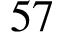
5 7